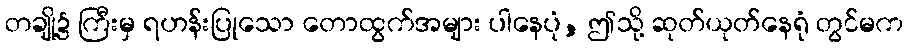
တချို့၌ ကြီးမှ ရဟန်းပြုသော တောထွက်အများ ပါနေပုံ, ဤသို့ ဆုတ်ယုတ်နေရုံ တွင်မက